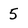
Character: 5